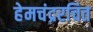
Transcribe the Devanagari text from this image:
हेमचंद्ररचित